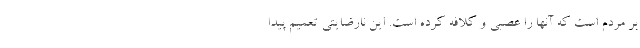
بر مردم است که آنها را عصبی و کلافه کرده است. این نارضایتی تعمیم پیدا